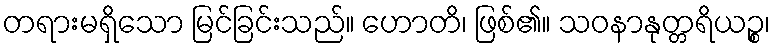
တရားမရှိသော မြင်ခြင်းသည်။ ဟောတိ၊ ဖြစ်၏။ သဝနာနုတ္တရိယဉ္စ၊